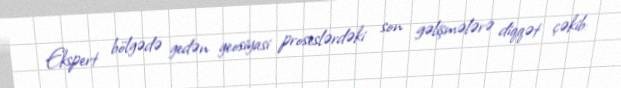
Ekspert bölgədə gedən geosiyasi proseslərdəki son gəlişmələrə diqqət çəkib: